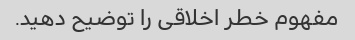
مفهوم خطر اخلاقی را توضیح دهید.